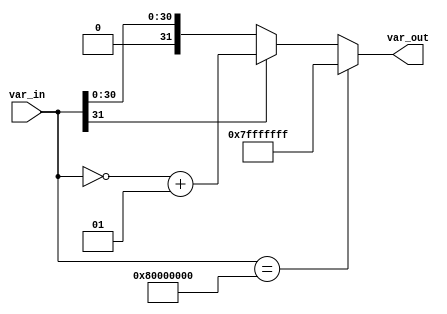
module L_abs(var_in, var_out);
    input signed [31:0] var_in;
    output reg signed [31:0] var_out;

	parameter [31:0] MAX_32 = 32'h7fff_ffff;
	parameter [31:0] MIN_32 = 32'h8000_0000;
	
	always@(*) begin
		if(var_in == MIN_32) begin
			var_out = MAX_32;
		end
		else begin
			if(var_in[31] == 1) begin
				var_out = ~var_in + 1;
			end
			else begin
				var_out = var_in;
			end
		end
	end
endmodule